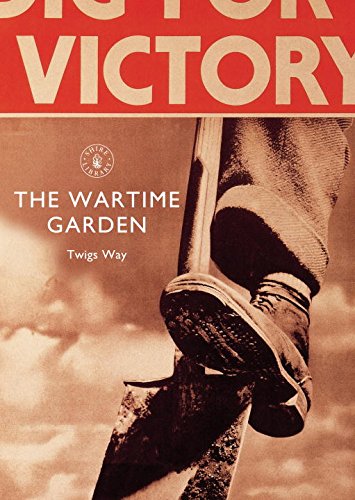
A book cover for The Wartime Garden: Digging for Victory (Shire Library); Twigs Way; Crafts, Hobbies & Home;